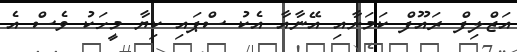
އަޒްލިފް ރައޫފް ކަމަށާއި އޭނާއާ އެކު ސްޕައި ކިޔާ މީހަކު ވެސް އެ